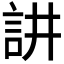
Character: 𮗻